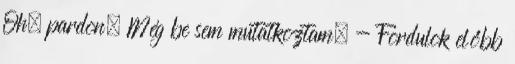
Oh, pardon. Még be sem mutatkoztam. - Fordulok előbb